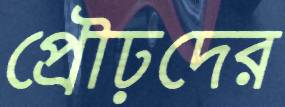
প্রৌঢ়দের